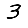
Digit: 3